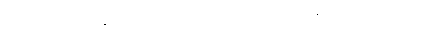
ပုတ္တံ၊ သားကို။ ဝနေ၊ တော၌။ နိက္ခဏံ၊ မြှုပ်ချေဟူ၍။ သမဇ္ဈိဋ္ဌော၊ စေအပ်သည်။